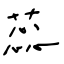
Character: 蕊